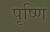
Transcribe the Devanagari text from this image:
पृष्णि